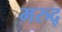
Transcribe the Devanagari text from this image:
मरुद्